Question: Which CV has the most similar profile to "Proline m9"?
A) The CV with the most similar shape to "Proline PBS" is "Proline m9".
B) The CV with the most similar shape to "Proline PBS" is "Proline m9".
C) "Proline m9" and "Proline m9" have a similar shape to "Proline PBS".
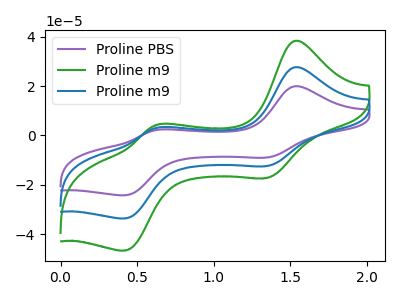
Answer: <think>The purple curve "Proline PBS" has anodic peaks at (1.55V, 19.90uA) (0.60V, 2.15uA) and cathodic peaks at (1.35V, -8.95uA) (0.40V, -24.25uA). The green curve "Proline m9" has anodic peaks at (1.55V, 55.20uA) (0.60V, 5.95uA) and cathodic peaks at (1.35V, -24.85uA) (0.40V, -67.25uA). The blue curve "Proline m9" has anodic peaks at (1.55V, 27.60uA) (0.60V, 3.00uA) and cathodic peaks at (1.35V, -12.45uA) (0.40V, -33.65uA).
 All the peaks in "Proline PBS" have a peak in "Proline m9" at the same potential. Every peak in "Proline PBS" is lower than every peak in "Proline m9". All the peaks in "Proline PBS" have a peak in "Proline m9" at the same potential. Every peak in "Proline PBS" is lower than every peak in "Proline m9". All the peaks in "Proline m9" have a peak in "Proline m9" at the same potential. Every peak in "Proline m9" is higher than every peak in "Proline m9".</think>
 <answer>C) "Proline m9" and "Proline m9" have a similar shape to "Proline PBS".</answer>
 <eval>C</eval>